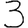
Digit: 3